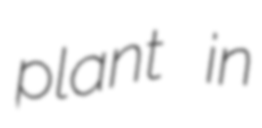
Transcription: plant in